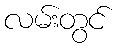
လမ်းတွင်